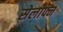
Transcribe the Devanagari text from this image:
सेलोफ्न